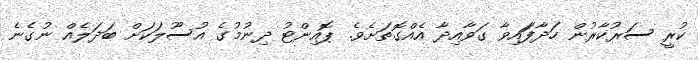
ކުރީ ސަރުކާރުން ހަދާފަައިވާ ގަވާއިދާ އެއްގޮތަށެވެ. ޕޮއިންޓު ދިނުމުގެ އުސޫލަކަށް ބަދަލެއް ނުގެނެ